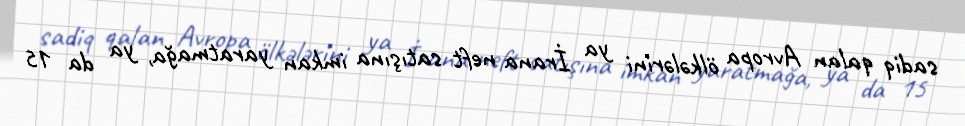
sadiq qalan Avropa ölkələrini ya İrana neft satışına imkan yaratmağa, ya da 15